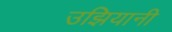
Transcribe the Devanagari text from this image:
उझियानी